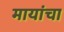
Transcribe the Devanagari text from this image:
मायांचा